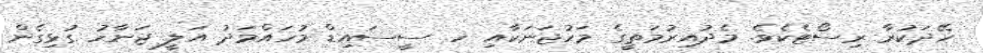
ހޭދަކުރާ ރިސޯޓެކެވެ. މެދުއިރުމަތީގެ މަހުޖަނަކާއި ހ. ސީސައިޑް މުހައްމަދު އަލީ ޖަނާހު ގުޅިގެން